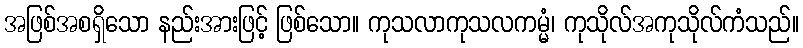
အဖြစ်အစရှိသော နည်းအားဖြင့် ဖြစ်သော။ ကုသလာကုသလကမ္မံ၊ ကုသိုလ်အကုသိုလ်ကံသည်။